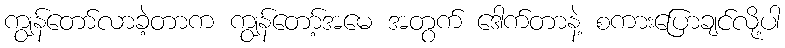
ကျွန်တော်လာခဲ့တာက ကျွန်တော့်အမေ အတွက် ဒေါက်တာနဲ့ စကားပြောချင်လို့ပါ